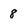
Character: 8